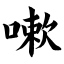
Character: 嗽